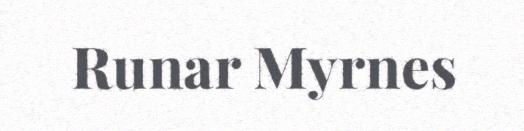
Runar Myrnes